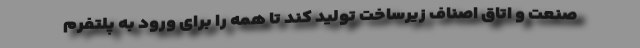
صنعت و اتاق اصناف زیرساخت تولید کند تا همه را برای ورود به پلتفرم